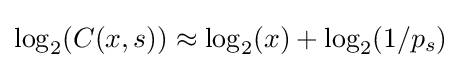
\log _{2}(C(x,s))\approx \log _{2}(x)+\log _{2}(1/p_{s})